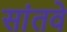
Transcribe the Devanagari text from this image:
सांतवे